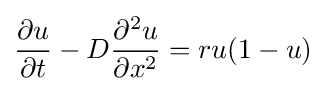
{\frac {\partial u}{\partial t}}-D{\frac {\partial ^{2}u}{\partial x^{2}}}=ru(1-u)